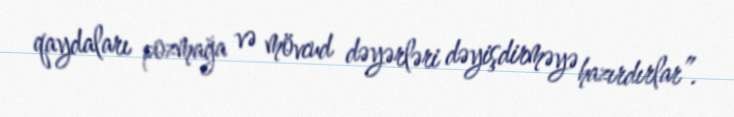
qaydaları pozmağa və mövcud dəyərləri dəyişdirməyə hazırdırlar”.